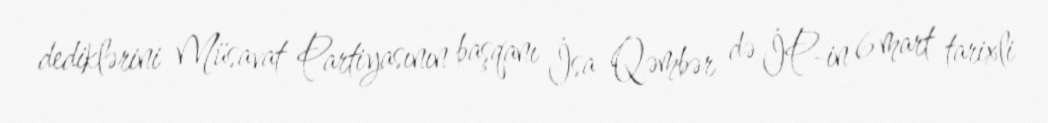
dediklərini Müsavat Partiyasının başqanı İsa Qəmbər də İP-in 6 mart tarixli